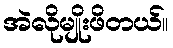
အဲလိုမျိုးဖိတယ်။